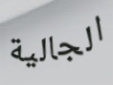
الجالية